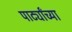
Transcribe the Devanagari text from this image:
पार्ट्यांच्या